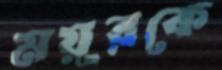
ময়ূরকে